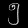
Digit: ၅